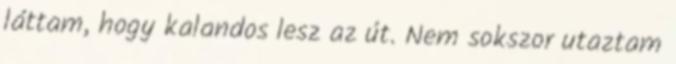
láttam, hogy kalandos lesz az út. Nem sokszor utaztam